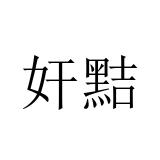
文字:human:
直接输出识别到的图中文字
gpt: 奸黠